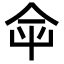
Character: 𡴌